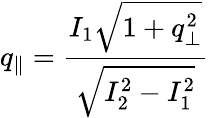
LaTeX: q_{\parallel}=\frac{I_{1}\sqrt{1+q_{\perp}^{2}}}{\sqrt{I_{2}^{2}-I_{1}^{2}}}